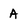
Character: A